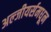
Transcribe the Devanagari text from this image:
अल्जीयर्समधून